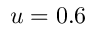
u = 0 . 6